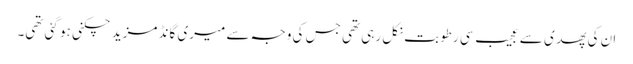
ان کی پھدی سے عجیب سی رطوبت نکل رہی تھی جس کی وجہ سے میری گانڈ مزید چکنی ہو گئی تھی۔